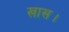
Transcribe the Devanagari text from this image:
खास।